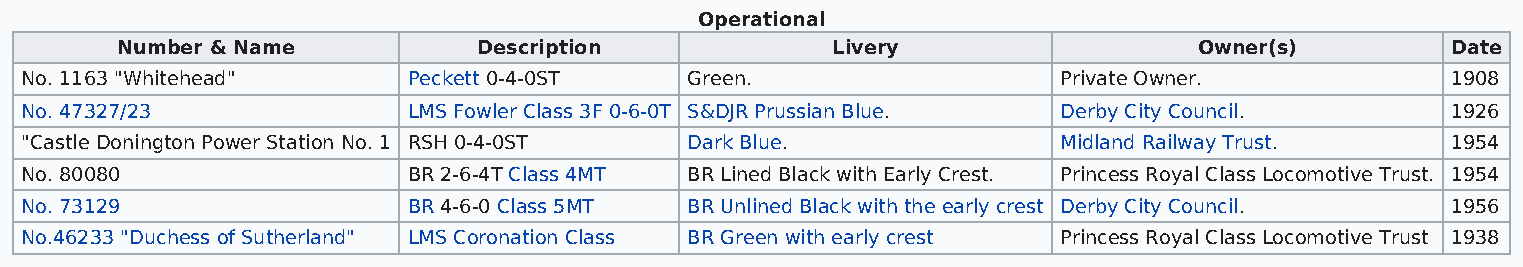
Operational
 Number & Name           Description            Livery                  Owner(s)         Date
 No. 1163 "Whitehead"      Peckett 0-4-0ST    Green.                  Private Owner.            1908
 No. 47327/23              LMS Fowler Class 3F 0-6-0T S&DJR Prussian Blue. Derby City Council.  1926
 "Castle Donington Power Station No. 1 RSH 0-4-0ST Dark Blue.         Midland Railway Trust.    1954
 No. 80080                 BR 2-6-4T Class 4MT BR Lined Black with Early Crest. Princess Royal Class Locomotive Trust. 1954
 No. 73129                 BR 4-6-0 Class 5MT BR Unlined Black with the early crest Derby City Council. 1956
 No.46233 "Duchess of Sutherland" LMS Coronation Class BR Green with early crest Princess Royal Class Locomotive Trust 1938